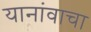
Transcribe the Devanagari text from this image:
यानांवाचा